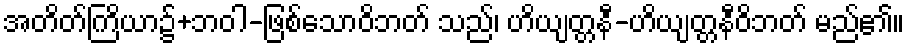
အတိတ်ကြိယာ၌+ဘဝါ-ဖြစ်သောဝိဘတ် သည်၊ ဟိယျတ္တနီ-ဟိယျတ္တနီဝိဘတ် မည်၏။